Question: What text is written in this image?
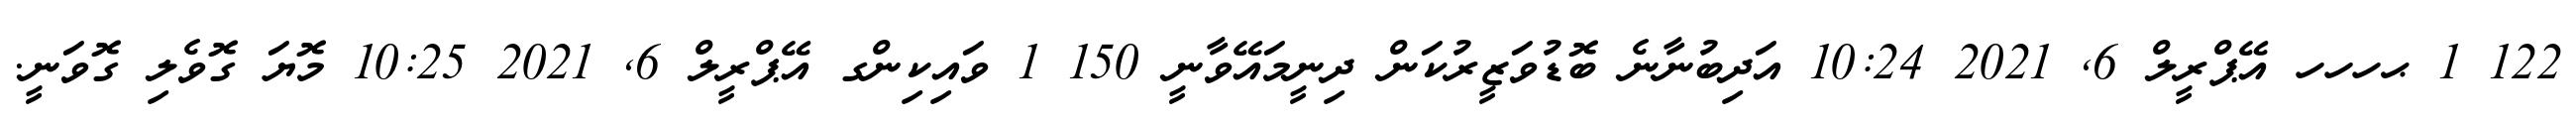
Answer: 122 1 ޙހހހ އޭޕްރީލް 6, 2021 10:24 އަދިބުނާނެ ބޮޑުވަޒީރުކަން ދިނީމައޭވާނީ 150 1 ވައިކިންގ އޭޕްރީލް 6, 2021 10:25 މޮޔަ ގޮވެލި ގޮވަނީ.